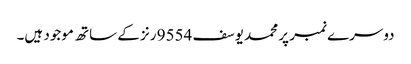
دوسرے نمبر پر محمد یوسف 9554 رنز کے ساتھ موجود ہیں۔